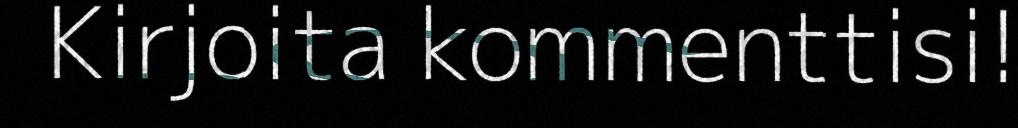
Kirjoita kommenttisi!